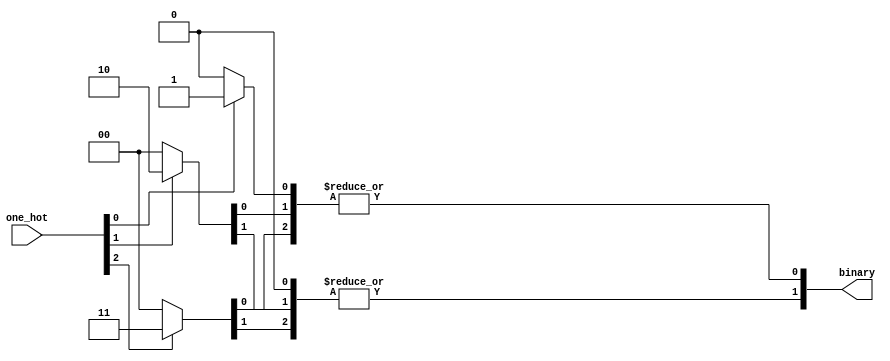
module alt_vipitc130_common_to_binary(
    one_hot,
    binary
);

parameter NO_OF_MODES = 3;
parameter LOG2_NO_OF_MODES = 2;

input [NO_OF_MODES-1:0] one_hot;
output [LOG2_NO_OF_MODES-1:0] binary;

generate
    genvar binary_pos, one_hot_pos;
    
    wire [(NO_OF_MODES*LOG2_NO_OF_MODES)-1:0] binary_values;
    wire [(NO_OF_MODES*LOG2_NO_OF_MODES)-1:0] binary_values_by_bit;
    
    for(one_hot_pos=0; one_hot_pos<NO_OF_MODES; one_hot_pos=one_hot_pos+1) begin : to_binary_one_hot_pos
       assign binary_values[(one_hot_pos*LOG2_NO_OF_MODES)+(LOG2_NO_OF_MODES-1):(one_hot_pos*LOG2_NO_OF_MODES)] = (one_hot[one_hot_pos]) ? one_hot_pos + 1 : 0;
    end
    
    for(binary_pos=0; binary_pos<LOG2_NO_OF_MODES; binary_pos=binary_pos+1) begin : to_binary_binary_pos
        for(one_hot_pos=0; one_hot_pos<NO_OF_MODES; one_hot_pos=one_hot_pos+1) begin : to_binary_one_hot_pos
            assign binary_values_by_bit[(binary_pos*NO_OF_MODES)+one_hot_pos] = binary_values[(one_hot_pos*LOG2_NO_OF_MODES)+binary_pos];
        end
        assign binary[binary_pos] = |binary_values_by_bit[(binary_pos*NO_OF_MODES)+NO_OF_MODES-1:binary_pos*NO_OF_MODES];
    end
endgenerate

endmodule